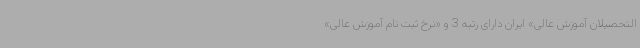
التحصیلان آموزش عالی» ایران دارای رتبه 3 و «نرخ ثبت نام آموزش عالی»